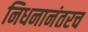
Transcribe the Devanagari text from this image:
निधनानंतरच